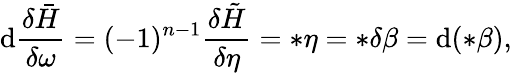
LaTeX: \mathrm{d}\frac{{\delta\bar{{H}}}}{{\delta\omega}}=(-1)^{n-1}\frac{{\delta\tilde{{H}}}}{{\delta\eta}}=\ast\eta=\ast\delta\beta=\mathrm{d}(\ast\beta),